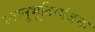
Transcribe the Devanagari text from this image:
स्वानुभूतिव्यंजना